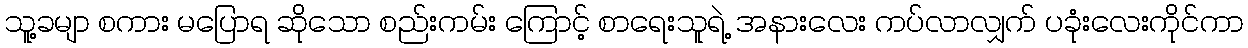
သူ့ခမျာ စကား မပြောရ ဆိုသော စည်းကမ်း ကြောင့် စာရေးသူရဲ့ အနားလေး ကပ်လာလျှက် ပခုံးလေးကိုင်ကာ